Scottish Leaving Certificate Examination, 1955
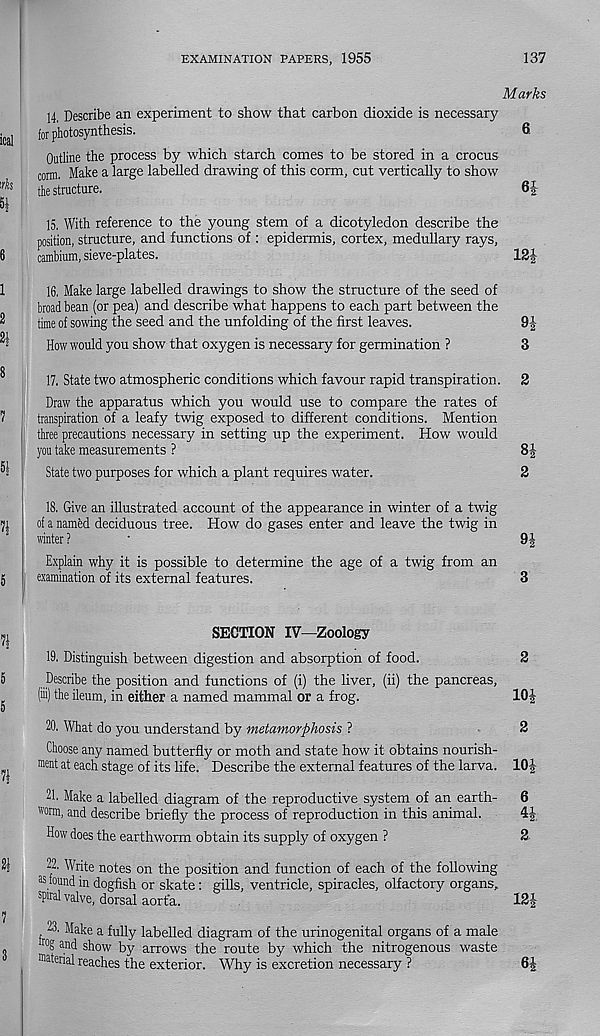
EXAMINATION PAPERS, 1955
137
Marks
14. Describe an experiment to show that carbon dioxide is necessary
for photosynthesis.
6,
Outline the process by which starch comes to be stored in a crocus
com. Make a large labelled drawing of this corm, cut vertically to show
the structure.
6 J
15. With reference to the young stem of a dicotyledon describe the
position, structure, and functions of : epidermis, cortex, medullary rays,
cambium, sieve-plates.
12!
16. Make large labelled drawings to show the structure of the seed of
broad bean (or pea) and describe what happens to each part between the
time of sowing the seed and the unfolding of the first leaves.
9!
How would you show that oxygen is necessary for germination ?
3
17. State two atmospheric conditions which favour rapid transpiration. 2
Draw the apparatus which you would use to compare the rates of
transpiration of a leafy twig exposed to different conditions. Mention
three precautions necessary in setting up the experiment. How would
you take measurements ?
8|
State two purposes for which a plant requires water.
2
18. Give an illustrated account of the appearance in winter of a twig
of a named deciduous tree. How do gases enter and leave the twig in
winter ?
'
9!
Explain why it is possible to determine the age of a twig from an
examination of its external features.
3
SECTION IV—Zoology
19. Distinguish between digestion and absorption of food.
2
Describe the position and functions of (i) the liver, (ii) the pancreas,
(iii) the ileum, in either a named mammal or a frog.
10!
20. What do you understand by metamorphosis ?
3
Choose any named butterfly or moth and state how it obtains nourish-
ment at each stage of its life. Describe the external features of the larva. 10!
21. Make a labelled diagram of the reproductive system of an earth- 6
worm, and describe briefly the process of reproduction in this animal.
4!
How does the earthworm obtain its supply of oxygen ?
2
22. Write notes on the position and function of each of the following
88 found in dogfish or skate: gills, ventricle, spiracles, olfactory organs,
spiral valve, dorsal aorta.
13!
23. Make a fully labelled diagram of the urinogenital organs of a male
ro S an( i show by arrows the route by which the nitrogenous waste
matenal reaches the exterior. Why is excretion necessary ?
6!